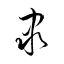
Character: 隶